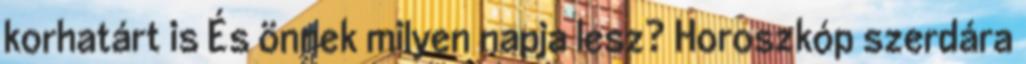
korhatárt is És önnek milyen napja lesz? Horoszkóp szerdára